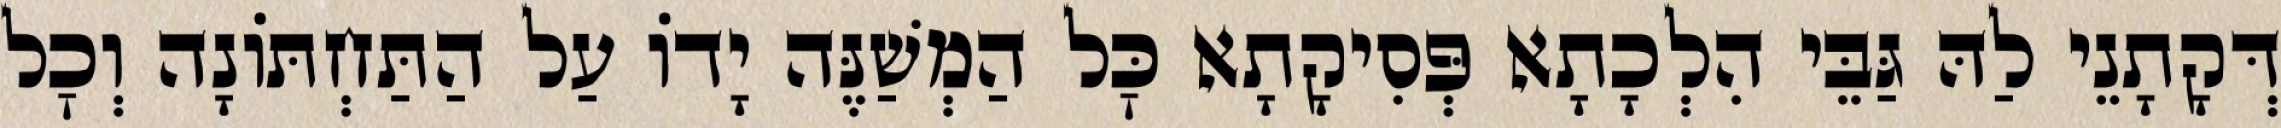
דְּקָתָנֵי לַהּ גַּבֵּי הִלְכָתָא פְּסִיקָתָא כׇּל הַמְשַׁנֶּה יָדוֹ עַל הַתַּחְתּוֹנָה וְכׇל